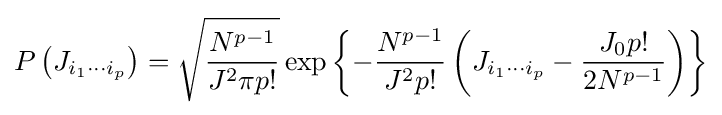
P\left(J_{i_{1}\cdots i_{p}}\right)={\sqrt {\frac {N^{p-1}}{J^{2}\pi p!}}}\exp \left\{-{\frac {N^{p-1}}{J^{2}p!}}\left(J_{i_{1}\cdots i_{p}}-{\frac {J_{0}p!}{2N^{p-1}}}\right)\right\}